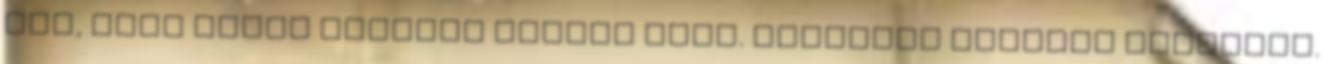
úgy, hogy pénzt kellene dobnom neki. Szalóczi Katalin jegyzete.